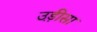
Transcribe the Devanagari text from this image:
उड़़ीसा